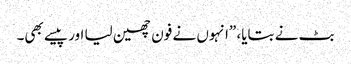
بٹ نے بتایا، ”انہوں نے فون چھین لیا اور پیسے بھی۔